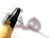
هذه